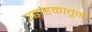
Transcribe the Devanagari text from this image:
उद्वाहकातून